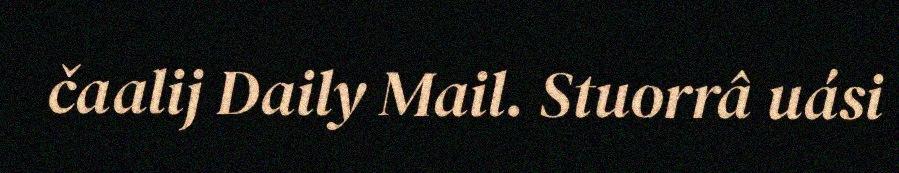
čaalij Daily Mail. Stuorrâ uási